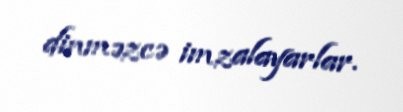
dinməzcə imzalayarlar.